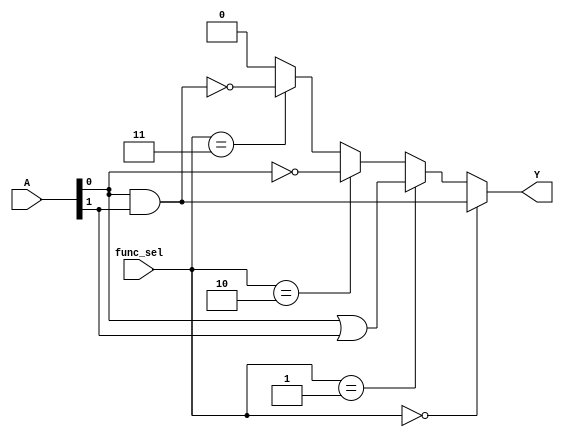
module CLB (
    input wire [3:0] A,        // 4-bit input vector
    input wire [1:0] func_sel, // Function select signal
    output wire Y              // Output of the logic function
);

// Internal signals for various logic functions
wire and_out, or_out, not_out, nand_out, nor_out, xor_out, xnor_out;

// Implementing basic logic functions
assign and_out = A[0] & A[1];   // AND
assign or_out  = A[0] | A[1];   // OR
assign not_out = ~A[0];          // NOT
assign nand_out = ~(A[0] & A[1]);// NAND
assign nor_out  = ~(A[0] | A[1]);// NOR
assign xor_out  = A[0] ^ A[1];  // XOR
assign xnor_out = ~(A[0] ^ A[1]);// XNOR

// Multiplexer to select the output based on func_sel
assign Y = (func_sel == 2'b00) ? and_out :
           (func_sel == 2'b01) ? or_out :
           (func_sel == 2'b10) ? not_out :
           (func_sel == 2'b11) ? nand_out : 1'b0; // Default case (can be modified)

// Additional logic can be added for more functions or inputs
// For example, if more inputs are needed, the logic functions can be expanded accordingly

endmodule